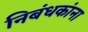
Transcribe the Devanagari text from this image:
निबंधकांना